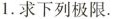
1.求下列极限。